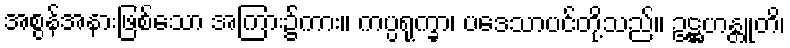
အစွန်အနားဖြစ်သော အကြား၌ကား။ ကပ္ပရုက္ခာ၊ ပဒေသာပင်တို့သည်။ ဥဋ္ဌဟန္တူတိ၊